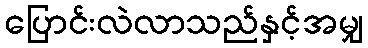
ပြောင်းလဲလာသည်နှင့်အမျှ